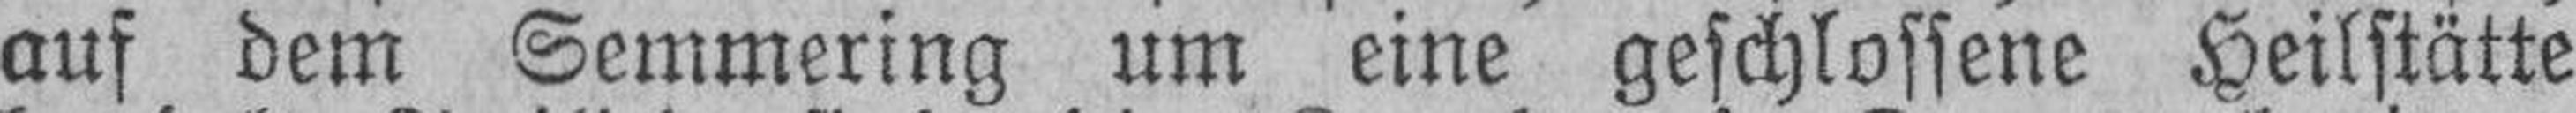
auf dem Semmering um eine geschlossene Heilstätte